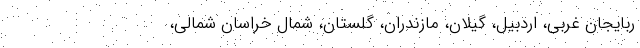
ربایجان غربی، اردبیل، گیلان، مازندران، گلستان، شمال خراسان شمالی،